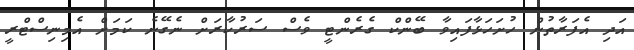
އަދި އެފަރާތުން ހުށަހަޅާފައިވާ ބޭންކް ގެރެންޓީ ވެސް ސަރުކާރަށް ނެގޭނެ ކަމަށް އެމިނިސްޓްރީ